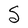
Character: S